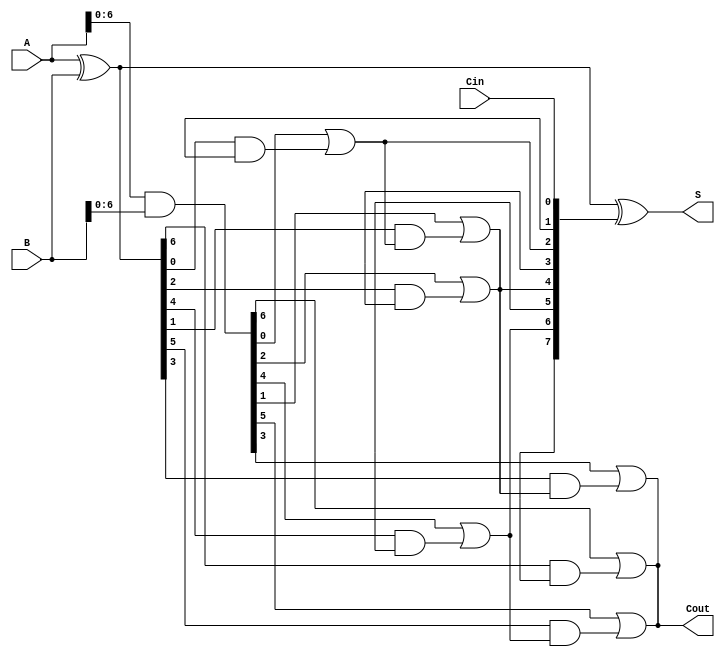
module brent_kung_adder #(parameter n = 8) (
    input  [n-1:0] A,
    input  [n-1:0] B,
    input          Cin,
    output [n-1:0] S,
    output         Cout
);

    wire [n-1:0] G; // Generate signals
    wire [n-1:0] P; // Propagate signals
    wire [n:0] C;   // Carry signals

    // Generate and Propagate
    assign G = A & B;          // Generate
    assign P = A ^ B;          // Propagate
    assign C[0] = Cin;         // Initial carry

    // Carry Generation using Brent-Kung tree structure
    genvar i, j;
    generate
        // Level 1
        for (i = 0; i < n; i = i + 1) begin
            if (i % 2 == 1) begin
                assign C[i + 1] = G[i - 1] | (P[i - 1] & C[i]);
            end
        end
        // Level 2
        for (j = 2; j < n; j = j * 2) begin
            for (i = 0; i < n; i = i + 1) begin
                if (i % (j * 2) == j) begin
                    assign C[i + j] = G[i - 1] | (P[i - 1] & C[i]);
                end
            end
        end
    endgenerate

    // Sum Generation
    assign S = P ^ C[n-1:0]; // Sum calculation
    assign Cout = C[n];      // Final carry-out

endmodule